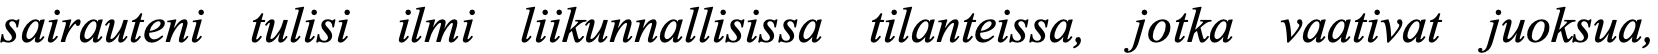
sairauteni tulisi ilmi liikunnallisissa tilanteissa, jotka vaativat juoksua,